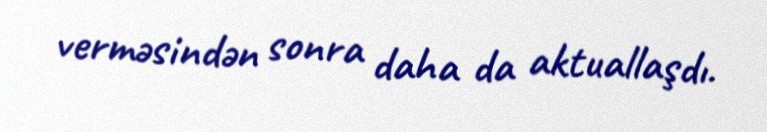
verməsindən sonra daha da aktuallaşdı.